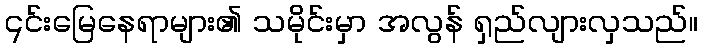
၎င်းမြေနေရာများ၏ သမိုင်းမှာ အလွန် ရှည်လျားလှသည်။